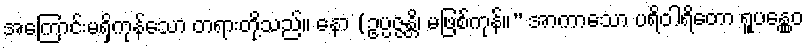
အကြောင်းမရှိကုန်သော တရားတို့သည်။ နော (ဥပ္ပဇ္ဇန္တိ၊ မဖြစ်ကုန်။” အာကာသော ပရိဝါရိတော ရူပန္တွေဝ